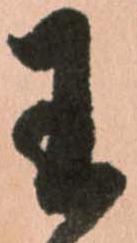
王